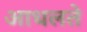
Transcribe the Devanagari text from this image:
आधलते